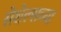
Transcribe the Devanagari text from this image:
सेशेल्सच्या